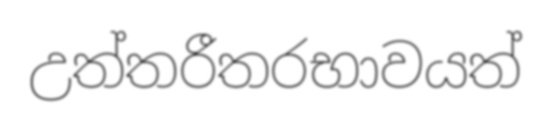
උත්තරීතරභාවයත්